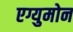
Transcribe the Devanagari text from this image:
एग्युमोन